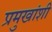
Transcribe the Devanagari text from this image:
प्रमुखांशी